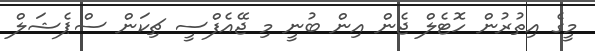
މީގެ އިތުރުން ހޮޓެލް ޖެން އިން ބުނީ މި ޖޭއެފްސީ ޗިކަން ސްޕެޝަލް